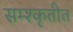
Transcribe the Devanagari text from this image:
सम्श्कृतीत